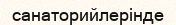
санаторийлерінде